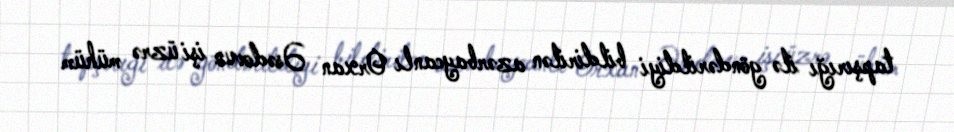
tapşırığı ilə göndərildiyi bildirilən azərbaycanlı Orxan Əsədovun işi üzrə mühüm